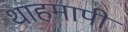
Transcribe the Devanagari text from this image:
थाहमापी